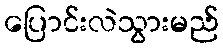
ပြောင်းလဲသွားမည်